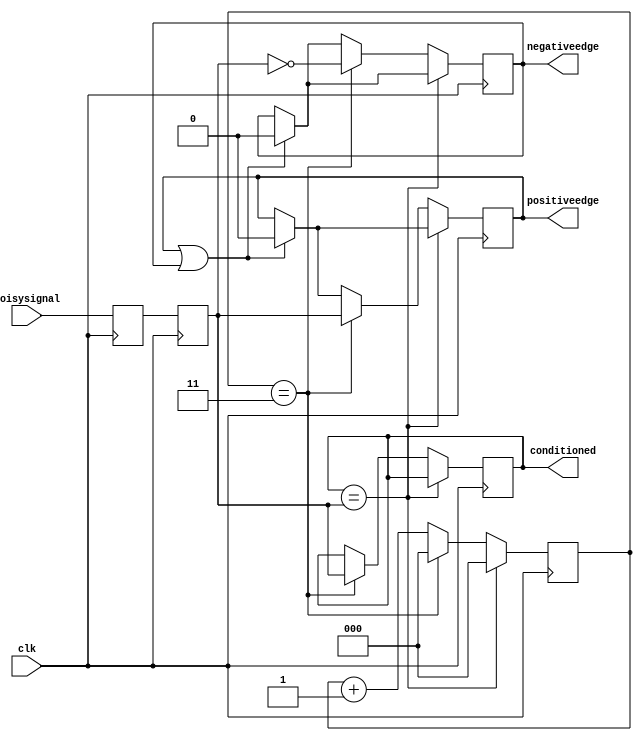
//------------------------------------------------------------------------
// Input Conditioner
//    1) Synchronizes input to clock domain
//    2) Debounces input
//    3) Creates pulses at edge transitions
//------------------------------------------------------------------------

module inputconditioner
(
input       clk,            // Clock domain to synchronize input to
input       noisysignal,    // (Potentially) noisy input signal
output reg  conditioned,    // Conditioned output signal
output reg  positiveedge,   // 1 clk pulse at rising edge of conditioned
output reg  negativeedge    // 1 clk pulse at falling edge of conditioned
);

    parameter counterwidth = 3; // Counter size, in bits, >= log2(waittime)
    parameter waittime = 3;     // Debounce delay, in clock cycles

    reg[counterwidth-1:0] counter = 0;
    reg synchronizer0 = 0;
    reg synchronizer1 = 0;

    always @(posedge clk ) begin

        // once we display a posedge or negedge, reset them
        if (positiveedge || negativeedge) begin
            positiveedge <= 0;
            negativeedge <= 0;
        end

        // if value hasn't changed, don't start anti-glitch counting yet
        if(conditioned == synchronizer1)
            counter <= 0;

        else begin
            // if counter finished, display high posedge or negedge and shift new conditioned value
            if( counter == waittime) begin
                positiveedge <= synchronizer1;
                negativeedge <= !synchronizer1;
                counter <= 0;
                conditioned <= synchronizer1;
            end
            // increment counter until complete
            else begin
                counter <= counter+1;
            end
        end

        // always shift into the two synch registers
        synchronizer0 <= noisysignal;
        synchronizer1 <= synchronizer0;
    end

endmodule

module inputconditioner_breakable
(
input       clk,            // Clock domain to synchronize input to
input       noisysignal,    // (Potentially) noisy input signal
output reg  conditioned,    // Conditioned output signal
output reg  positiveedge,   // 1 clk pulse at rising edge of conditioned
output reg  negativeedge,    // 1 clk pulse at falling edge of conditioned
input fault
);

    parameter counterwidth = 3; // Counter size, in bits, >= log2(waittime)
    parameter waittime = 3;     // Debounce delay, in clock cycles

    reg[counterwidth-1:0] counter = 0;
    reg synchronizer0 = 0;
    reg synchronizer1 = 0;

    always @(posedge clk) begin
        // if fault_pin is high, output of the conditioner should always be zero
        if (fault == 1)
            conditioned <= 0;

        else begin

             // once we display a posedge or negedge, reset them
            if (positiveedge || negativeedge) begin
                positiveedge <= 0;
                negativeedge <= 0;
            end

            // if value hasn't changed, don't start anti-glitch counting yet
            if(conditioned == synchronizer1)
                counter <= 0;

            else begin
                // if counter finished, display high posedge or negedge and shift new conditioned value
                if( counter == waittime) begin
                    positiveedge <= synchronizer1;
                    negativeedge <= !synchronizer1;
                    counter <= 0;
                    conditioned <= synchronizer1;
                end
                // increment counter until complete
                else begin
                    counter <= counter+1;
                end
            end

            // always shift into the two synch registers
            synchronizer0 <= noisysignal;
            synchronizer1 <= synchronizer0;
        end
    end

endmodule